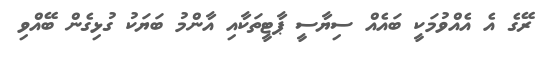
ރޭގެ އެ އެއްވުމަކީ ބައެއް ސިޔާސީ ޕާޓީތަކާއި އާންމު ބަޔަކު ގުޅިގެން ބޭއްވި